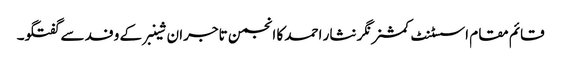
قائم مقام اسسٹنٹ کمشنر نگر نثار احمد کا انجمن تاجران شینبرکے وفد سے گفتگو۔